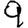
Digit: 9